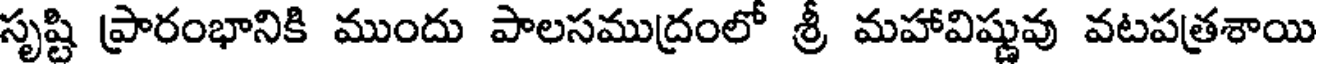
సృష్టి ప్రారంభానికి ముందు పాలసముద్రంలో శ్రీ మహావిష్ణువు వటపత్రశాయి